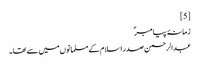
[5]
زمانۂ پیامبرؐ
عبدالرحمن صدر اسلام کے مسلمانوں میں سے تھا۔